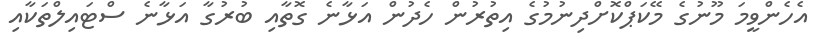
އެހެންވީމަ މޫނުގެ މޭކަޕްކޮށްދިނުމުގެ އިތުރުން ހެދުން އަޅާނެ ގޮތާއި ބުރުގާ އަޅާނެ ސްޓައިލްތަކާއި